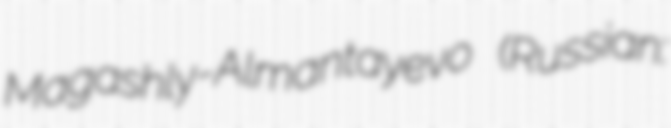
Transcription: Magashly-Almantayevo (Russian: